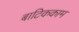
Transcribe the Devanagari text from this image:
बाटिककाम